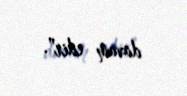
davam edir".